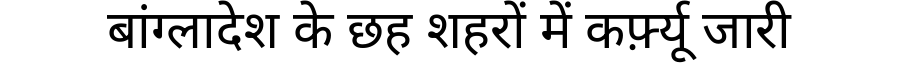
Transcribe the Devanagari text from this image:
बांग्लादेश के छह शहरों में कर्फ़्यू जारी